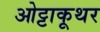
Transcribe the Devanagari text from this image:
ओट्टाकूथर